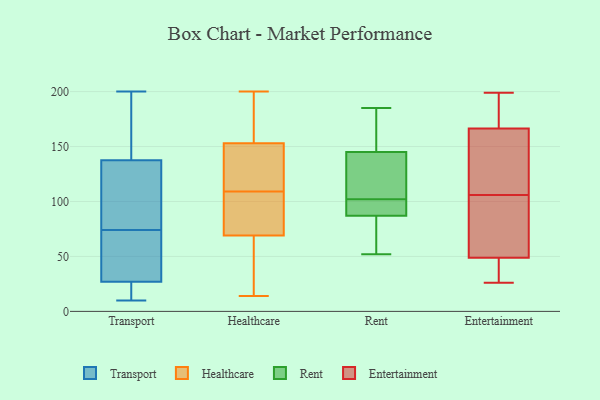
{"axis": {"x": "Latency (ms)", "y": "Value"}, "legend": ["Entertainment", "Healthcare", "Rent", "Transport"], "data": [{"x": "", "y": 22, "type": "Transport"}, {"x": "", "y": 74, "type": "Transport"}, {"x": "", "y": 166, "type": "Transport"}, {"x": "", "y": 27, "type": "Transport"}, {"x": "", "y": 143, "type": "Transport"}, {"x": "", "y": 19, "type": "Transport"}, {"x": "", "y": 49, "type": "Transport"}, {"x": "", "y": 107, "type": "Transport"}, {"x": "", "y": 121, "type": "Transport"}, {"x": "", "y": 95, "type": "Transport"}, {"x": "", "y": 10, "type": "Transport"}, {"x": "", "y": 200, "type": "Transport"}, {"x": "", "y": 37, "type": "Transport"}, {"x": "", "y": 169, "type": "Transport"}, {"x": "", "y": 27, "type": "Transport"}, {"x": "", "y": 23, "type": "Healthcare"}, {"x": "", "y": 170, "type": "Healthcare"}, {"x": "", "y": 153, "type": "Healthcare"}, {"x": "", "y": 78, "type": "Healthcare"}, {"x": "", "y": 142, "type": "Healthcare"}, {"x": "", "y": 73, "type": "Healthcare"}, {"x": "", "y": 144, "type": "Healthcare"}, {"x": "", "y": 14, "type": "Healthcare"}, {"x": "", "y": 200, "type": "Healthcare"}, {"x": "", "y": 69, "type": "Healthcare"}, {"x": "", "y": 85, "type": "Healthcare"}, {"x": "", "y": 164, "type": "Healthcare"}, {"x": "", "y": 178, "type": "Healthcare"}, {"x": "", "y": 106, "type": "Healthcare"}, {"x": "", "y": 112, "type": "Healthcare"}, {"x": "", "y": 134, "type": "Healthcare"}, {"x": "", "y": 47, "type": "Healthcare"}, {"x": "", "y": 68, "type": "Healthcare"}, {"x": "", "y": 98, "type": "Rent"}, {"x": "", "y": 145, "type": "Rent"}, {"x": "", "y": 87, "type": "Rent"}, {"x": "", "y": 76, "type": "Rent"}, {"x": "", "y": 98, "type": "Rent"}, {"x": "", "y": 143, "type": "Rent"}, {"x": "", "y": 185, "type": "Rent"}, {"x": "", "y": 151, "type": "Rent"}, {"x": "", "y": 106, "type": "Rent"}, {"x": "", "y": 52, "type": "Rent"}, {"x": "", "y": 162, "type": "Entertainment"}, {"x": "", "y": 75, "type": "Entertainment"}, {"x": "", "y": 106, "type": "Entertainment"}, {"x": "", "y": 90, "type": "Entertainment"}, {"x": "", "y": 53, "type": "Entertainment"}, {"x": "", "y": 113, "type": "Entertainment"}, {"x": "", "y": 199, "type": "Entertainment"}, {"x": "", "y": 180, "type": "Entertainment"}, {"x": "", "y": 185, "type": "Entertainment"}, {"x": "", "y": 116, "type": "Entertainment"}, {"x": "", "y": 36, "type": "Entertainment"}, {"x": "", "y": 26, "type": "Entertainment"}, {"x": "", "y": 35, "type": "Entertainment"}]}